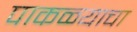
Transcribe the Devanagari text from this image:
पाकळ्याचा